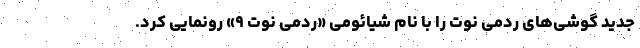
جدید گوشی‌های ردمی نوت را با نام شیائومی «ردمی نوت ۹» رونمایی کرد.